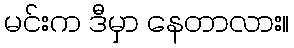
မင်းက ဒီမှာ နေတာလား။